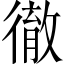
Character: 徹